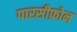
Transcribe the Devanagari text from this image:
पारसीफ़ोन